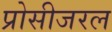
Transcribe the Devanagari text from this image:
प्रोसीजरल